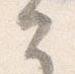
々